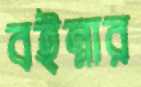
বইন্নার